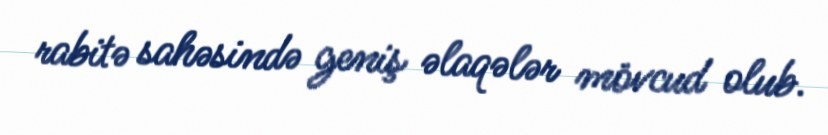
rabitə sahəsində geniş əlaqələr mövcud olub.